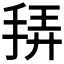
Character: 𭠴